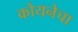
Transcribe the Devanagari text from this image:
कोयनेचा